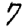
Digit: 7